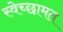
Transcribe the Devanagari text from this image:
स्वेच्छामत